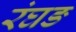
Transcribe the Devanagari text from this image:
रंघङ